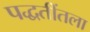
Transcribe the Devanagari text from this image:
पद्धतींतला